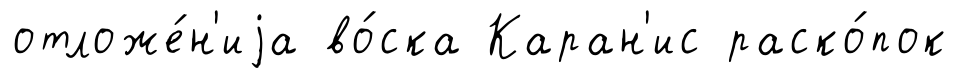
отложе́н'иjа во́ска Каран'ис раско́пок